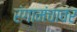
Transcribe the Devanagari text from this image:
रंगामंचावर